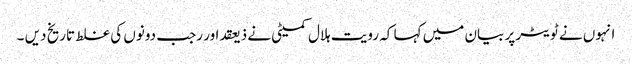
انہوں نے ٹویٹر پر بیان میں کہا کہ رویت ہلال کمیٹی نے ذیعقداور رجب دونوں کی غلط تاریخ دیں ۔